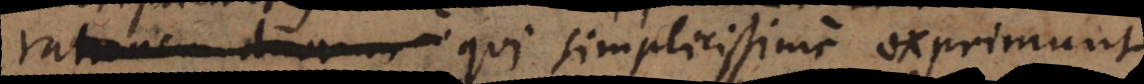
rationem duarum simplicissime exprimunt